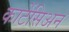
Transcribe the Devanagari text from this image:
कार्टेसिअन